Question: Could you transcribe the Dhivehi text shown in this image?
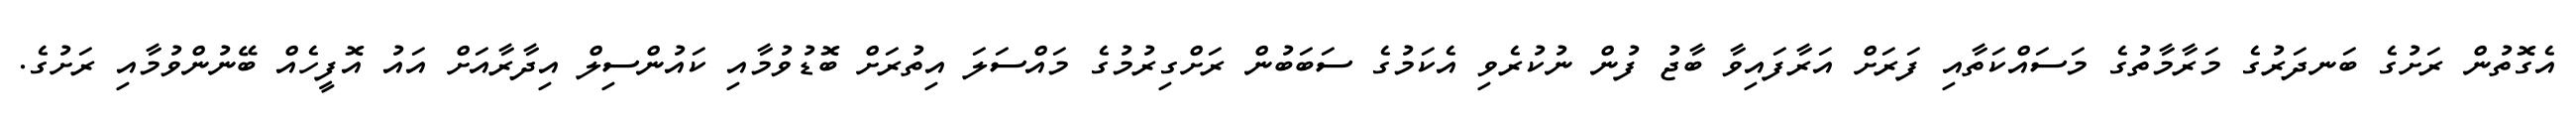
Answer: އެގޮތުން ރަށުގެ ބަނދަރުގެ މަރާމާތުގެ މަސައްކަތާއި ފަރަށް އަރާފައިވާ ބާޖު ފުން ނުކުރެވި އެކަމުގެ ސަބަބުން ރަށްގިރުމުގެ މައްސަލަ އިތުރަށް ބޮޑުވުމާއި ކައުންސިލް އިދާރާއަށް އައު އޮފީހެއް ބޭނުންވުމާއި ރަށުގެ.